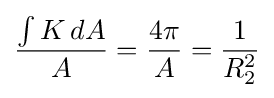
{\frac {\int K\,dA}{A}}={\frac {4\pi }{A}}={\frac {1}{R_{2}^{2}}}